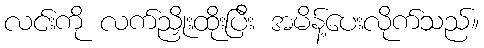
လင်းကို လက်ညှိုးထိုးပြီး အမိန့်ပေးလိုက်သည်။